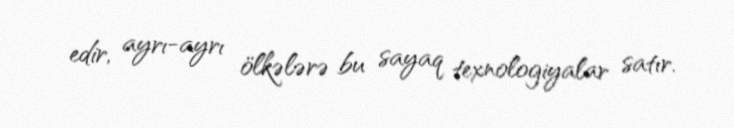
edir, ayrı-ayrı ölkələrə bu sayaq texnologiyalar satır.